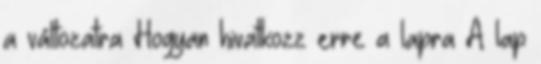
a változatra Hogyan hivatkozz erre a lapra A lap